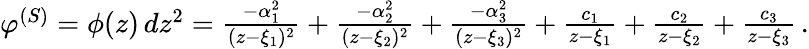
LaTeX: \begin{array}{r}{\varphi^{(S)}=\phi(z)\, dz^{2}={\frac{-\alpha_{1}^{2}}{(z-\xi_{1})^{2}}}+{\frac{-\alpha_{2}^{2}}{(z-\xi_{2})^{2}}}+{\frac{-\alpha_{3}^{2}}{(z-\xi_{3})^{2}}}+{\frac{c_{1}}{z-\xi_{1}}}+{\frac{c_{2}}{z-\xi_{2}}}+{\frac{c_{3}}{z-\xi_{3}}}\, .}\end{array}